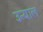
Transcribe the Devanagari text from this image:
उन्याल